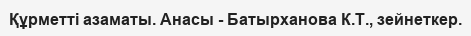
Құрметті азаматы. Анасы - Батырханова К.Т., зейнеткер.